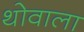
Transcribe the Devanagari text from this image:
थोवाला